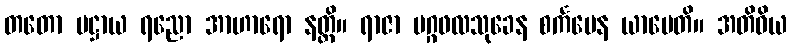
တတော ပဋ္ဌာယ ရညော အာဟာရော နတ္ထိ။ ရာဇာ မဂ္ဂဖလသုခေန စင်္ကမေန ယာပေတိ။ အတိဝိယ